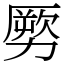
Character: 𠢤